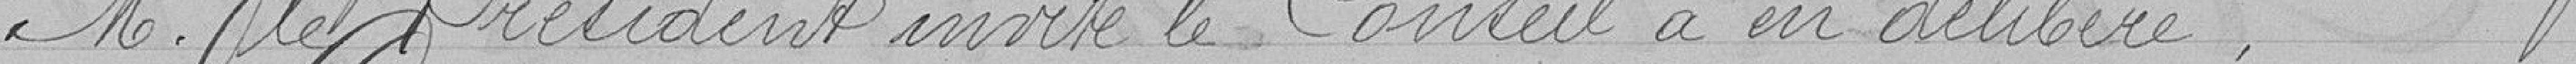
M. le Président invite le Conseil a en délibéré